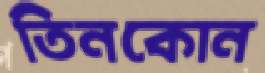
তিনকোন